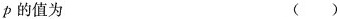
p的值为 ()